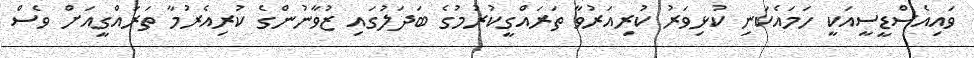
ވައިއެސްޑީސީއަކީ ހަމައެކަނި ކުޅިވަރު ކުރިއަރުވާ ތަރައްގީކުރުމުގެ ބަދަލުގައި ޒުވާނުންގެ ކުރިއެރުމާ ތަރައްގީއަށް ވެސް